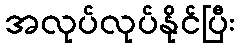
အလုပ်လုပ်နိုင်ပြီး